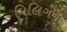
મિલિગન